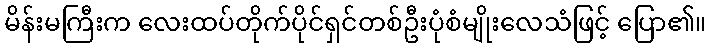
မိန်းမကြီးက လေးထပ်တိုက်ပိုင်ရှင်တစ်ဦးပုံစံမျိုးလေသံဖြင့် ပြော၏။